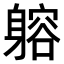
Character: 𨉷